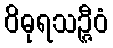
ဝိဓုရသဉ္ဇီဝံ